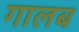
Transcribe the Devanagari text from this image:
गालब